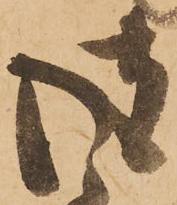
彼